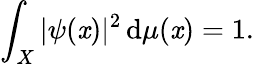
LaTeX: \int_{X}|\psi(\mathit{x})|^{2}\, \mathrm{{d}}\mu(\mathit{x})=1.